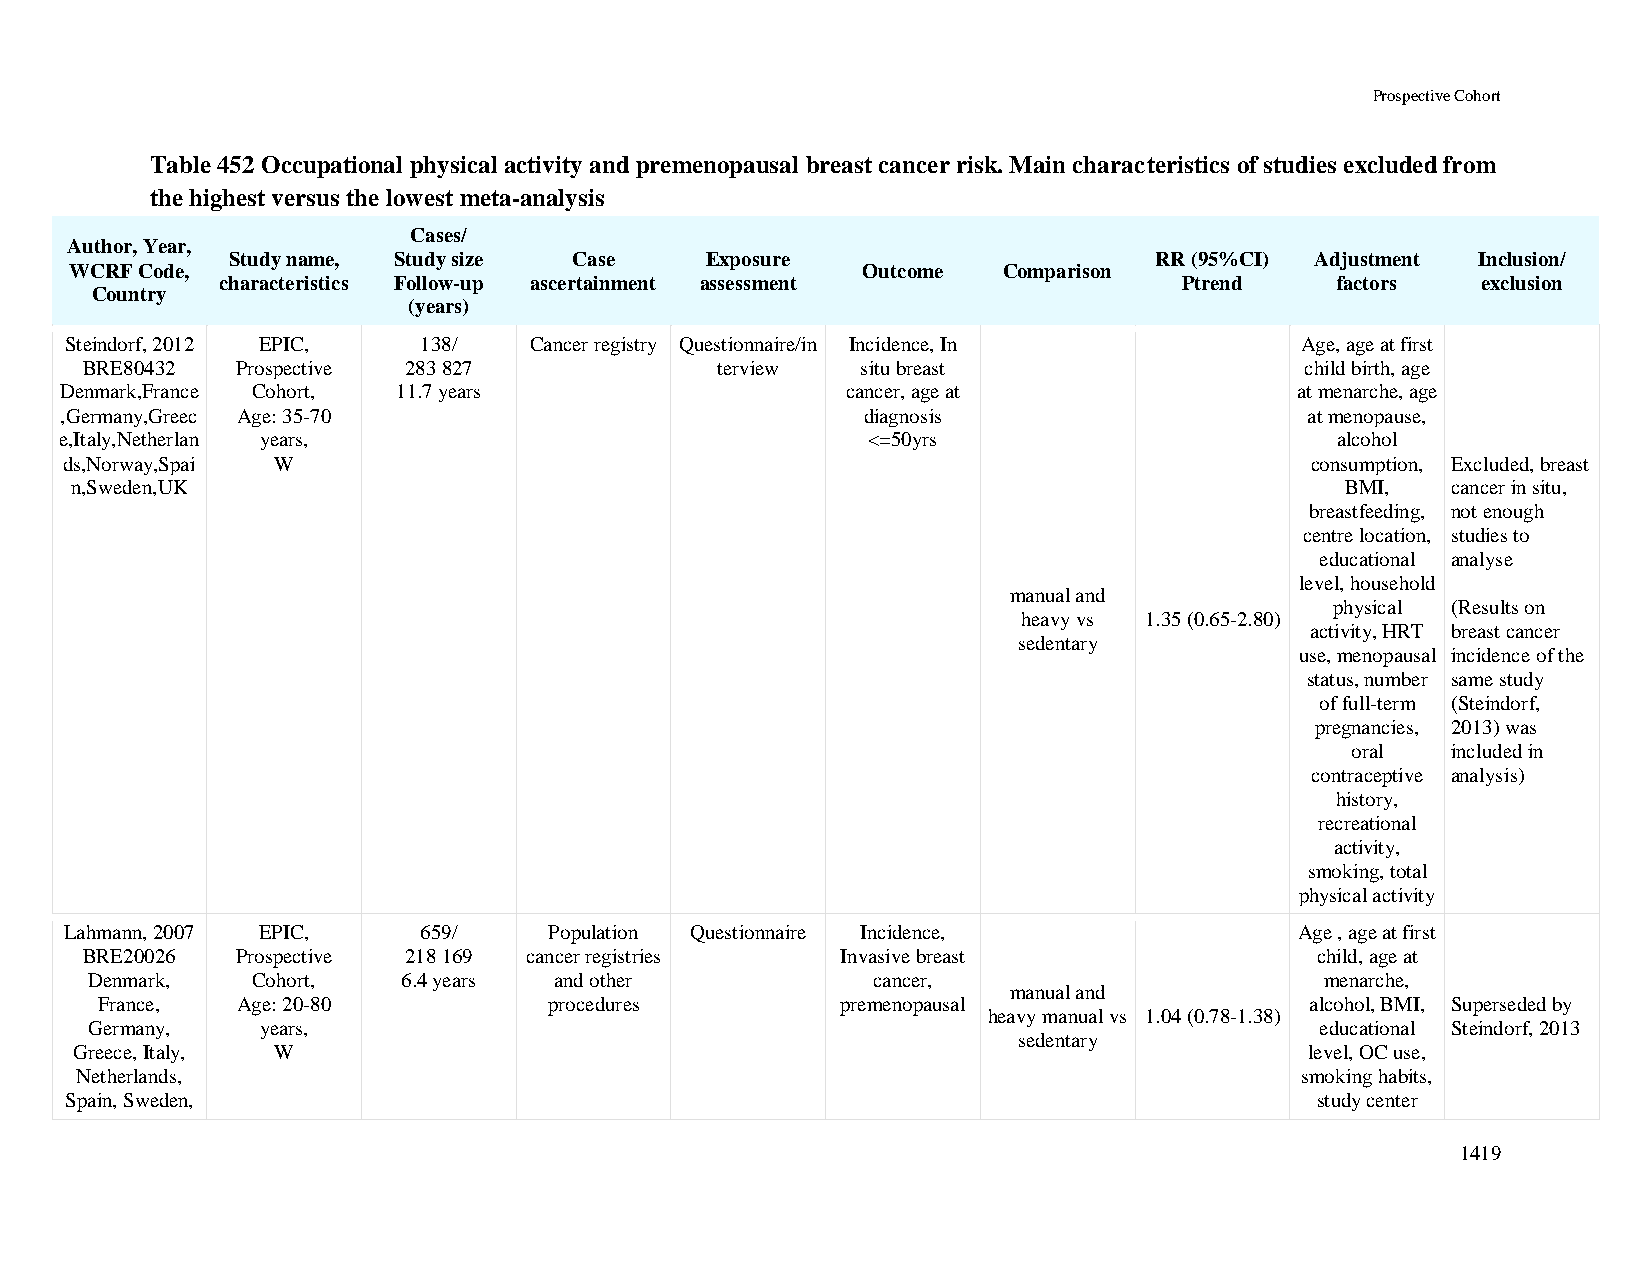
Prospective Cohort
 Table 452 Occupational physical activity and premenopausal breast cancer risk. Main characteristics of studies excluded from
 the highest versus the lowest meta-analysis
 Cases/
 Author, Year,
 Study name, Study size Case     Exposure                     RR (95%CI) Adjustment Inclusion/
 WCRF Code,                                          Outcome  Comparison
 characteristics Follow-up ascertainment assessment             Ptrend    factors   exclusion
 Country
 (years)
 Steindorf, 2012 EPIC,   138/   Cancer registry Questionnaire/in Incidence, In     Age, age at first
 BRE80432   Prospective 283 827            terview   situ breast                  child birth, age
 Denmark,France Cohort, 11.7 years                   cancer, age at                at menarche, age
 ,Germany,Greec Age: 35-70                            diagnosis                     at menopause,
 e,Italy,Netherlan years,                             <=50yrs                        alcohol
 ds,Norway,Spai W                                                                   consumption, Excluded, breast
 n,Sweden,UK                                                                         BMI,   cancer in situ,
 breastfeeding, not enough
 centre location, studies to
 educational analyse
 level, household
 manual and
 physical (Results on
 heavy vs 1.35 (0.65-2.80)
 activity, HRT breast cancer
 sedentary
 use, menopausal incidence of the
 status, number same study
 of full-term (Steindorf,
 pregnancies, 2013) was
 oral   included in
 contraceptive analysis)
 history,
 recreational
 activity,
 smoking, total
 physical activity
 Lahmann, 2007 EPIC,     659/    Population Questionnaire Incidence,               Age , age at first
 BRE20026   Prospective 218 169 cancer registries   Invasive breast                child, age at
 Denmark,   Cohort,   6.4 years and other            cancer,                       menarche,
 manual and
 France,  Age: 20-80          procedures          premenopausal                  alcohol, BMI, Superseded by
 heavy manual vs 1.04 (0.78-1.38)
 Germany,   years,                                                                educational Steindorf, 2013
 sedentary
 Greece, Italy, W                                                                  level, OC use,
 Netherlands,                                                                     smoking habits,
 Spain, Sweden,                                                                     study center
 1419